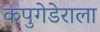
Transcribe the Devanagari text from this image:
कपुगेडेराला